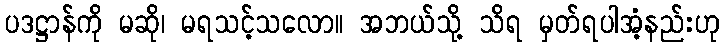
ပဒဋ္ဌာန်ကို မဆို၊ မရသင့်သလော။ အဘယ်သို့ သိရ မှတ်ရပါအံ့နည်းဟု